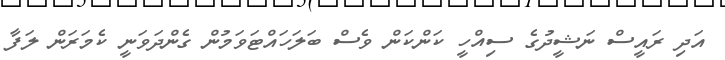
އަދި ރައީސް ނަޝީދުގެ ސިއްހީ ކަންކަން ވެސް ބަލަހައްޓަވަމުން ގެންދަވަނީ ކެމަރަން ލަފާ